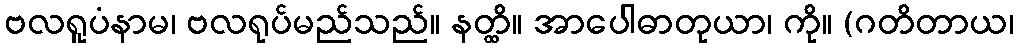
ဗလရူပံနာမ၊ ဗလရုပ်မည်သည်။ နတ္ထိ။ အာပေါဓာတုယာ၊ ကို။ (ဂတိတာယ၊